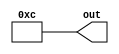
module hier_tuple2 (
  output [3:0] out,
);

assign out  = 4'd12;

endmodule